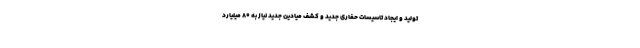
تولید و ایجاد تاسیسات حفاری جدید و کشف میادین جدید نیاز به ۸۰ میلیارد